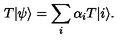
T | \psi \rangle = \sum _ { i } \alpha _ { i } T | i \rangle .